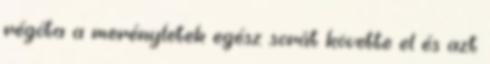
régóta a merényletek egész sorát követte el és azt